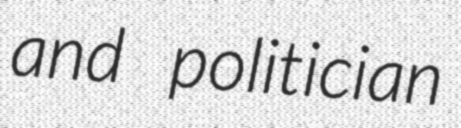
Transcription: and politician